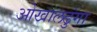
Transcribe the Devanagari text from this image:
ओखालढुंगा